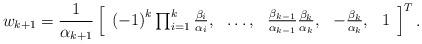
LaTeX: \begin{align*}w_{k+1}=\frac{1}{\alpha_{k+1}}\left[\begin{array}{ccccc}\left(-1\right)^{k}\prod_{i=1}^{k}\frac{\beta_{i}}{\alpha_{i}}, & \dots, & \frac{\beta_{k-1}}{\alpha_{k-1}}\frac{\beta_{k}}{\alpha_{k}}, & -\frac{\beta_{k}}{\alpha_{k}}, & 1\end{array}\right]^{T}.\end{align*}